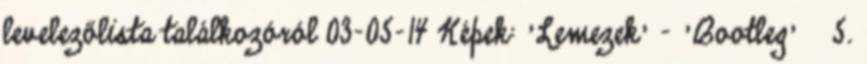
levelezőlista találkozóról 03-05-14 Képek: 'Lemezek' - 'Bootleg' » 5.